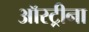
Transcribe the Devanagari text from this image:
ऑस्ट्रीना